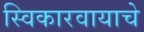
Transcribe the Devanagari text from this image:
स्विकारवायाचे